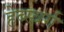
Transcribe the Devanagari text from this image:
हेब्स्बर्ग